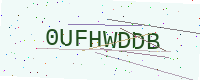
Text: 0UFHWDDB